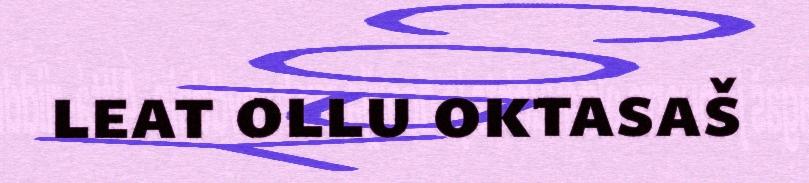
leat ollu oktasaš